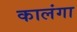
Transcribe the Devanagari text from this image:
कालंगा